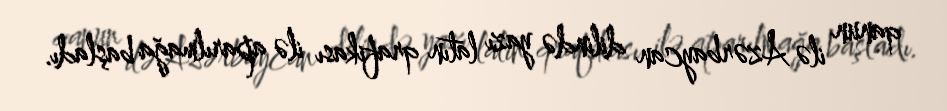
qanun ilə Azərbaycan dilində yazı latın qrafikası ilə aparılmağa başladı.